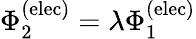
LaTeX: \Phi_{2}^{\mathrm{(elec)}}=\lambda\Phi_{1}^{\mathrm{(elec)}}